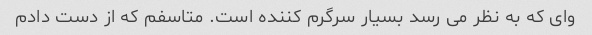
وای که به نظر می رسد بسیار سرگرم کننده است. متاسفم که از دست دادم